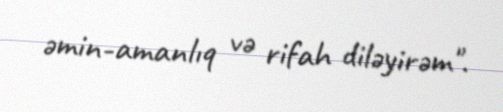
əmin-amanlıq və rifah diləyirəm".